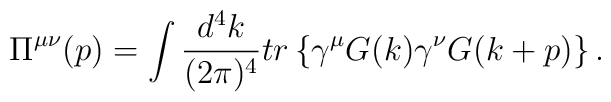
\Pi ^{\mu \nu }(p)=\int \frac{d^4k}{(2\pi )^4}tr\left\{ \gamma ^\mu G(k)\gamma^\nu G(k+p)\right\}.